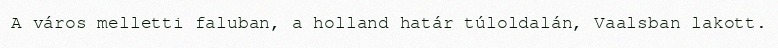
A város melletti faluban, a holland határ túloldalán, Vaalsban lakott.